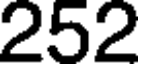
252